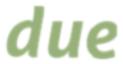
due